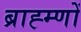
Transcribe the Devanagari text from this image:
ब्राह्म्णों